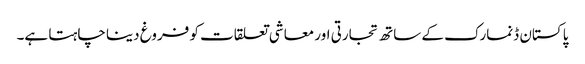
پاکستان ڈنمارک کے ساتھ تجارتی اور معاشی تعلقات کو فروغ دینا چاہتا ہے۔